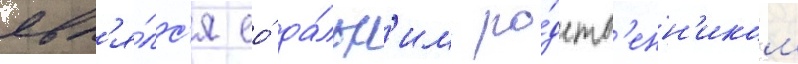
явл'я́лс'я ео́ да́льн'им ро́дств'енн'иком